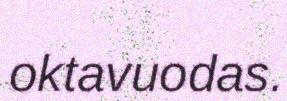
oktavuodas.